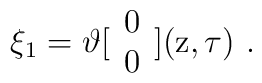
\xi_1 = \vartheta [ \begin{array}{c} 0 \\ 0\end{array} ] ( {\rm z} , \tau ) \ .